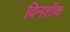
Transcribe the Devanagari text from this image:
विनशॉक